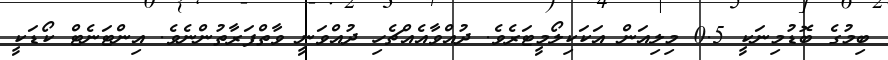
ބިމުގެ ބޮޑުމިނަކީ 0.5 މިލިއަން އަކަކިލޯމީޓަރެވެ. ދުއްވާއެއްޗެހި ދުއްވަނީ ވާތްފަރާތުންނެވެ. އިންޓަނެޓް ކޯޑަކީ